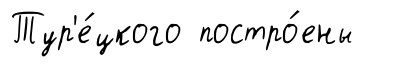
Тур'е́цкого постро́ены